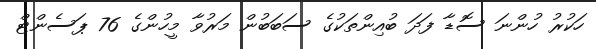
ހަކުރު ހުންނަ ސޮޑާ ފަދަ ބުއިންތަކުގެ ސަބަބުން މަރުވާ މީހުންގެ 76 ޕަސެންޓް